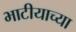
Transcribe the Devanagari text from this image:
भाटीयाच्या